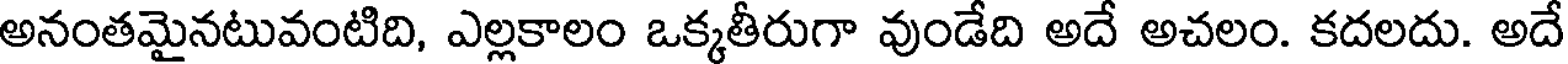
అనంతమైనటువంటిది, ఎల్లకాలం ఒక్కతీరుగా వుండేది అదే అచలం. కదలదు. అదే